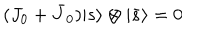
LaTeX: ( J _ { 0 } + \bar { J } _ { 0 } ) { \vert { s } \rangle } \otimes { \vert { \bar { s } } \rangle } = 0